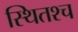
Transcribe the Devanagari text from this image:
स्थितश्च